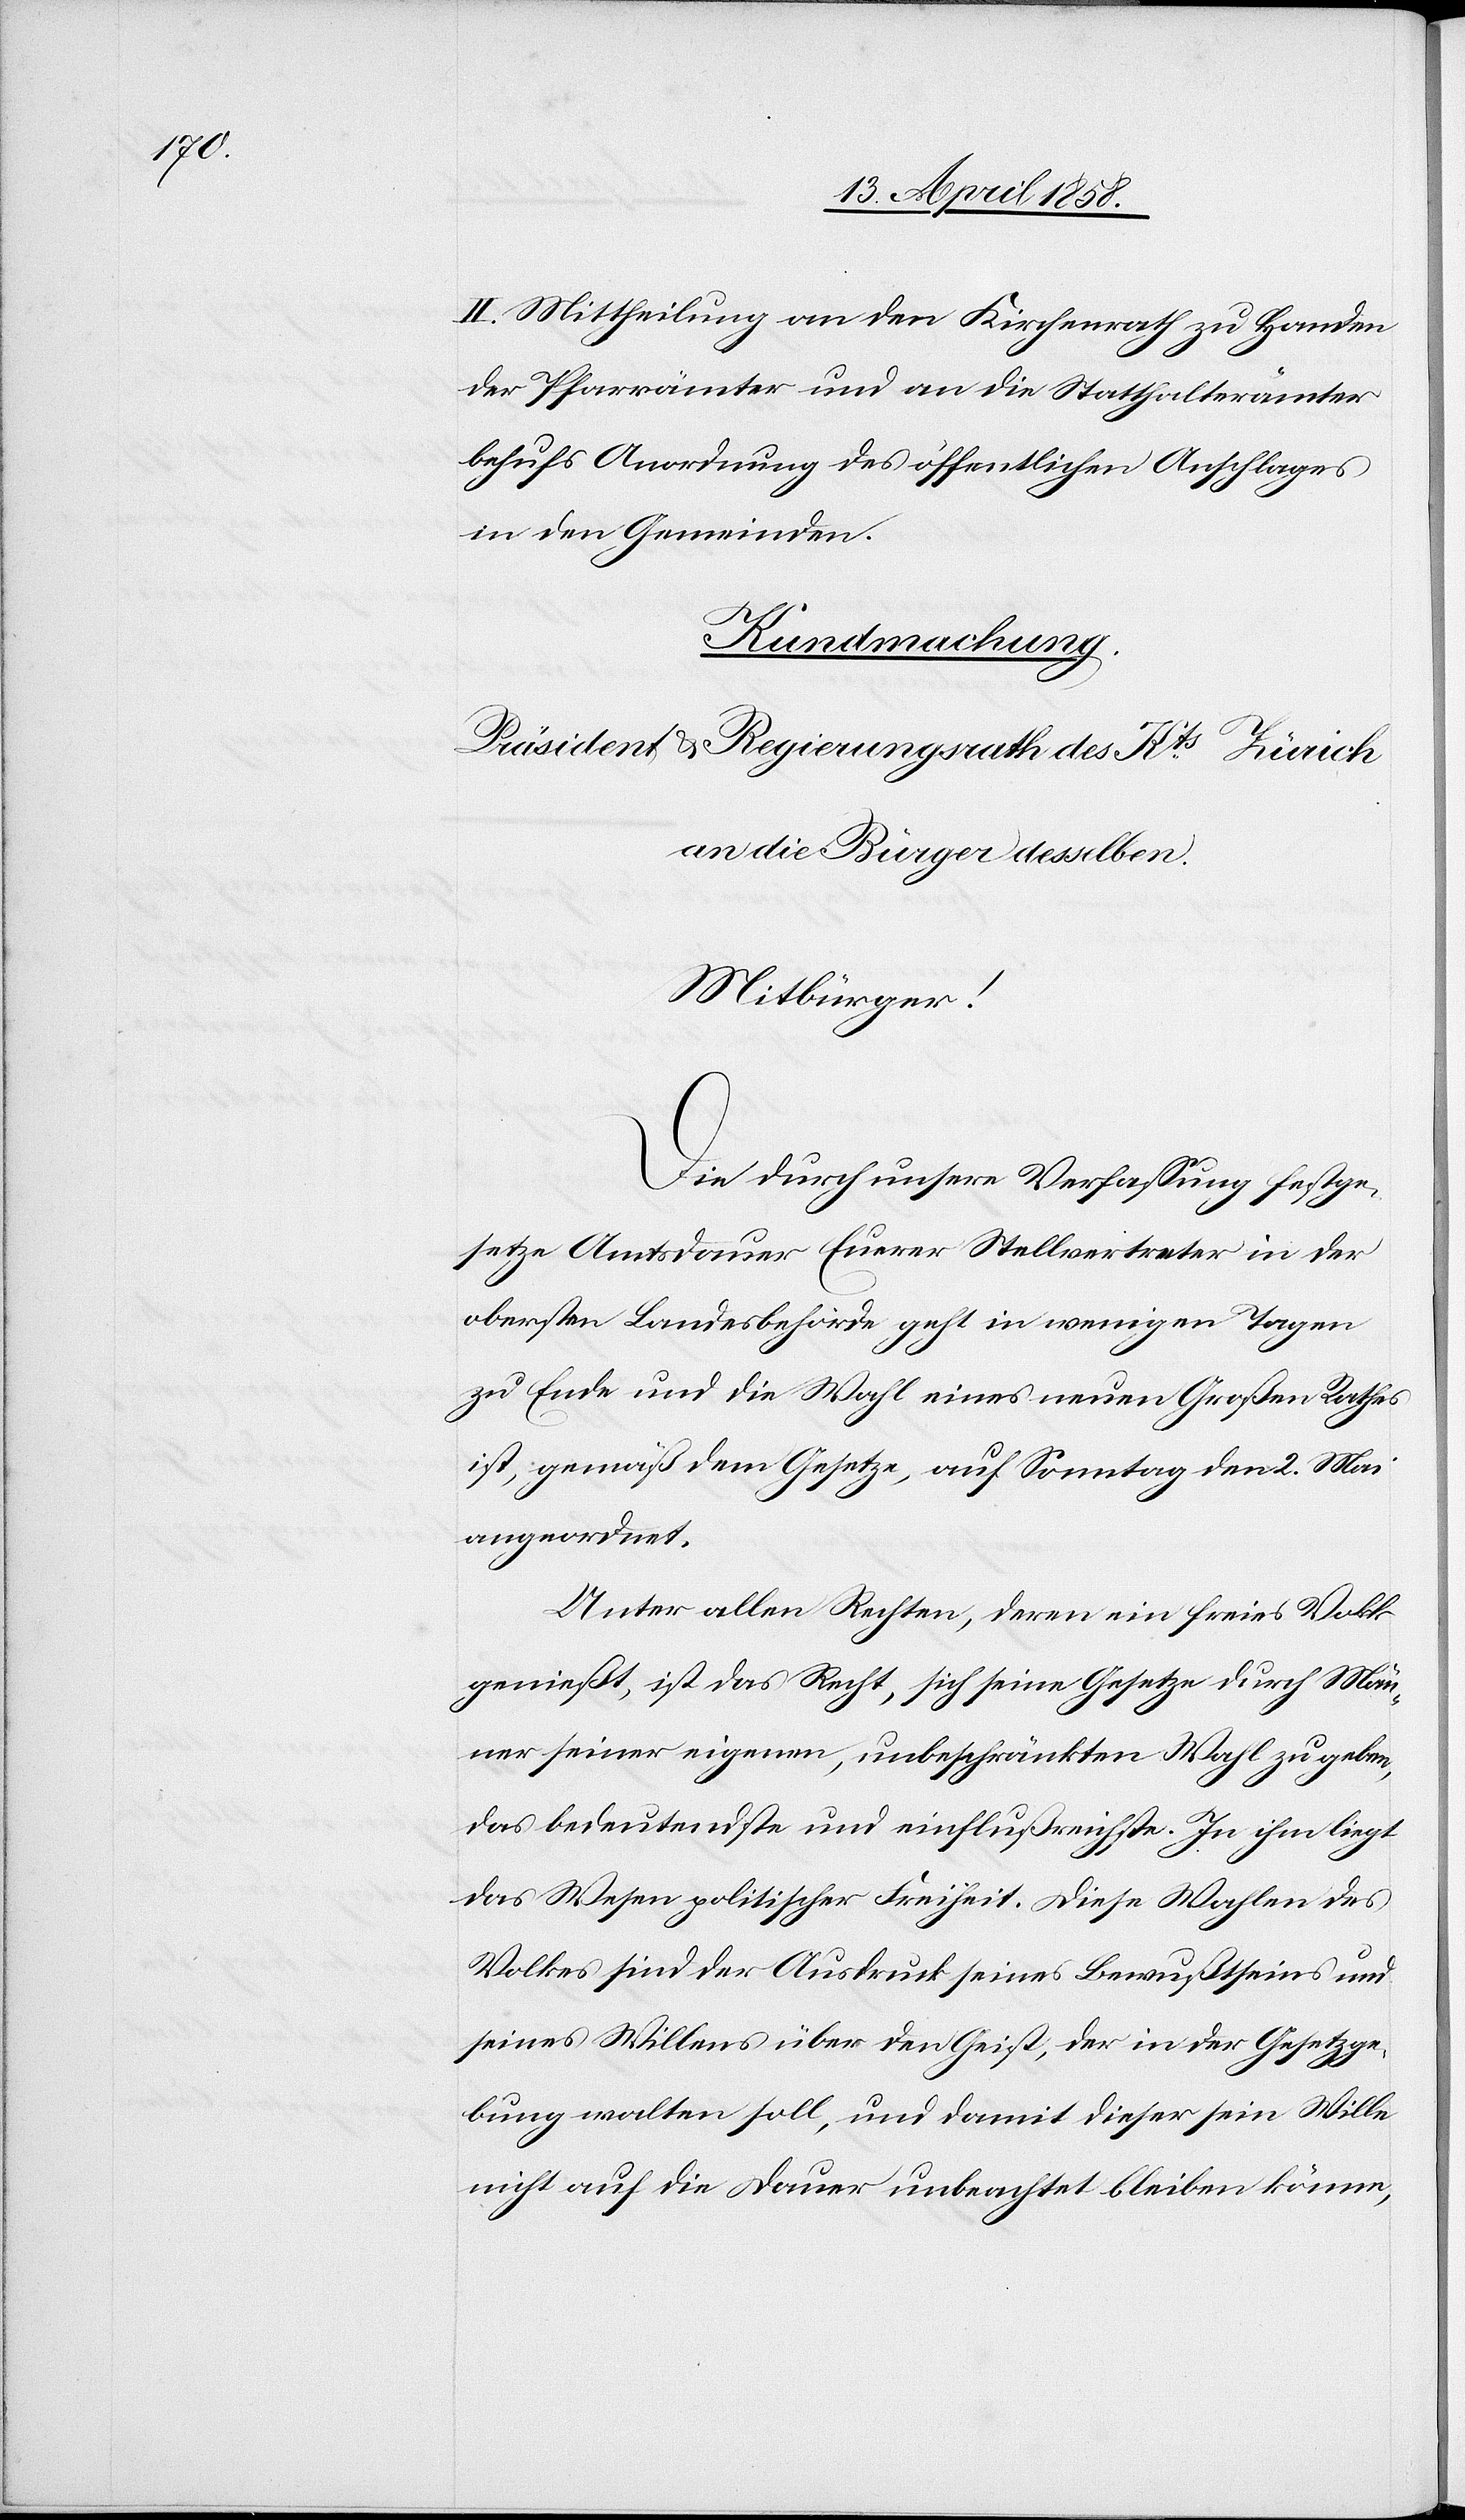
II. Mittheilung an den Kirchenrath zu Handen
der Pfarrämter und an die Statthalterämter
behufs Anordnung des öffentlichen Anschlages
in den Gemeinden.
Kundmachung.
Präsident u. Regierungsrath des Kts Zürich
an die Bürger desselben.
Mitbürger!
Die durch unsere Verfassung festge¬
setzte Amtsdauer Euerer Stellvertreter in der
obersten Landesbehörde geht in wenigen Tagen
zu Ende und die Wahl eines neuen Großen Rathes
ist, gemäß dem Gesetze, auf Sonntag den 2. Mai
angeordnet.
Unter allen Rechten, deren ein freies Volk
genießt, ist das Recht, sich seine Gesetze durch Män¬
ner seiner eigenen, unbeschränkten Wahl zu geben,
das bedeutendste und einflußreichste. In ihm liegt
das Wesen politischer Freiheit. Diese Wahlen des
Volkes sind der Ausdruck seines Bewußtseins und
seines Willens über den Geist, der in der Gesetzge¬
bung walten soll, und damit dieser sein Wille
nicht auf die Dauer unbeachtet bleiben könne,